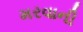
મરવાની